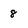
Character: 8